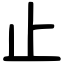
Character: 止